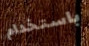
باستخدام